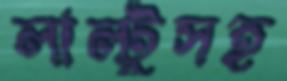
লাল্টুসহ